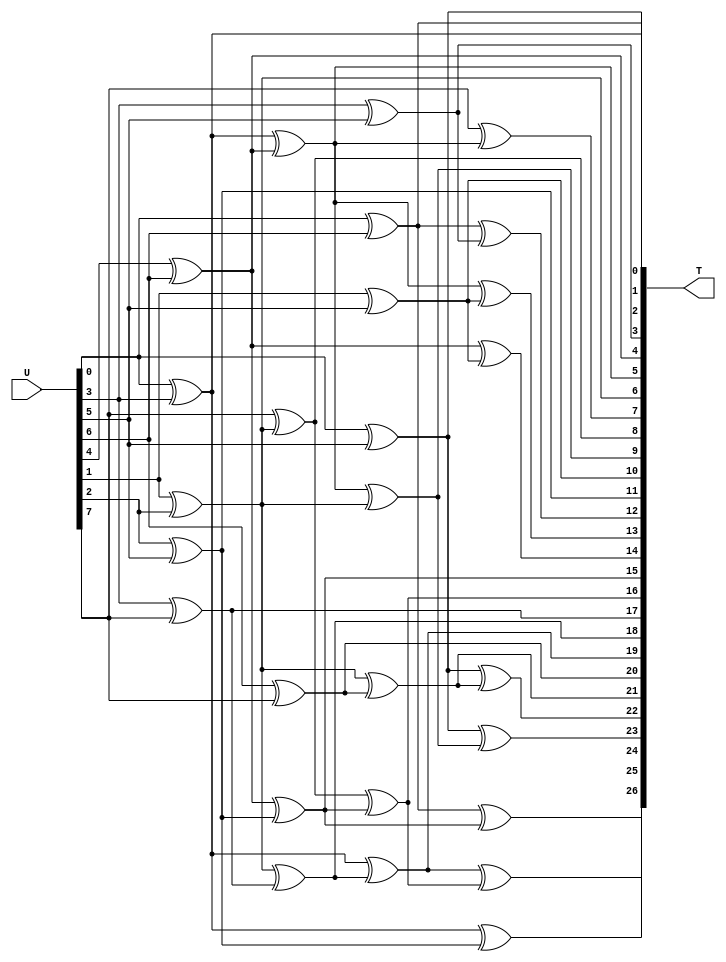
/////////////////////////////////////////////////////////////////////////////////
//
// Original Author: Boyar and Peralta
// Adapted by:
// 
// Module Name: top_linear_forward
// Project Name: aes_sboxes
// Description: Top linear transform in forward direction
// 
// Dependencies: None.
// 
// Additional Comments: Based on design from "A depth-16 circuit for the
//                      AES S-box". Shifted values from original in paper for
//                      T1-T27 to be represented as T0-T26
// 
//////////////////////////////////////////////////////////////////////////////////

module top_linear_forward (
        input   wire    [7:0]   U,
        output  wire    [26:0]  T
    );

    //----------------------------------------------------------------
    // Continous assignments
    //---------------------------------------------------------------- 
    assign T[0] = U[0] ^ U[3]; // T1 = U0 + U3
    assign T[1] = U[0] ^ U[5]; // T2 = U0 + U5
    assign T[2] = U[0] ^ U[6]; // T3 = U0 + U6
    assign T[3] = U[3] ^ U[5]; // T4 = U3 + U5
    assign T[4] = U[4] ^ U[6]; // T5 = U4 + U6
    assign T[5] = T[0] ^ T[4]; // T6 = T1 + T5
    assign T[6] = U[1] ^ U[2]; // T7 = U1 + U2
    assign T[7] = U[7] ^ T[5]; // T8 = U7 + T6
    assign T[8] = U[7] ^ T[6]; // T9 = U7 + T7
    assign T[9] = T[5] ^ T[6]; // T10 = T6 + T7
    assign T[10] = U[1] ^ U[5]; // T11 = U1 + U5
    assign T[11] = U[2] ^ U[5]; // T12 = U2 + U5
    assign T[12] = T[2] ^ T[3]; // T13 = T3 + T4
    assign T[13] = T[5] ^ T[10]; // T14 = T6 + T11
    assign T[14] = T[4] ^ T[10]; // T15 = T5 + T11
    assign T[15] = T[4] ^ T[11]; // T16 = T5 + T12
    assign T[16] = T[8] ^ T[15]; // T17 = T9 + T16
    assign T[17] = U[3] ^ U[7]; // T18 = U3 + U7
    assign T[18] = T[6] ^ T[17]; // T19 = T7 + T18
    assign T[19] = T[0] ^ T[18]; // T20 = T1 + T19
    assign T[20] = U[6] ^ U[7]; // T21 = U6 + U7
    assign T[21] = T[6] ^ T[20]; // T22 = T7 + T21
    assign T[22] = T[1] ^ T[21]; // T23 = T2 + T22
    assign T[23] = T[1] ^ T[9]; // T24 = T2 + T10
    assign T[24] = T[19] ^ T[16]; // T25 = T20 + T17
    assign T[25] = T[2] ^ T[15]; // T26 = T3 + T16
    assign T[26] = T[0] ^ T[11]; // T27 = T1 + T12

endmodule // top_linear_forward